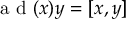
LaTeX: { \textrm { a d } } ( x ) y = [ x , y ]